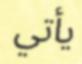
يأتي